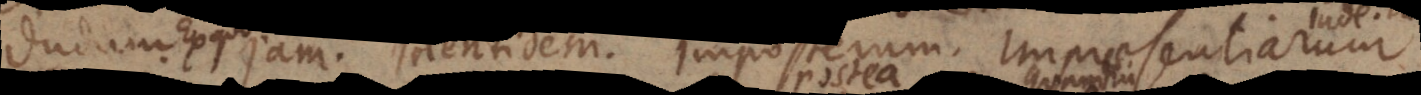
dum. Jam. Identidem. Imposterum. Impraesentiarum.